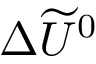
\Delta \widetilde U ^ { 0 }